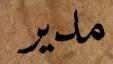
مدير